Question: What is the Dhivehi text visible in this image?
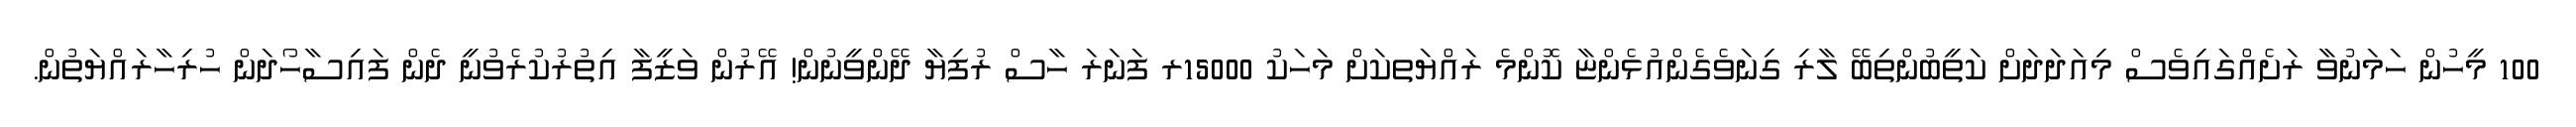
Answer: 100 މީހުން ހަމަނުވާ ރަށެއްގައިވެސް މިއަދަދަށް ކަތީބުންތިބޭ ލާރި ގިނަވެގެންއުޅެންޏާ ކޮންމެ ރައްޔަތކަށް މަހަކު 15000ރ ފަނަރަ ހާސް ރުފިޔާ ދޭންވީނުން! އޭރުން ވަޒީފާ އިތުރުކުރެވުނީ ދެން ފައިސާހޯދަން ހުރިހާރައްޔަތުން.